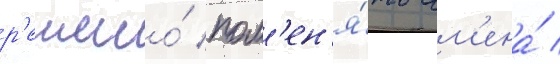
р'ешено́ пом'ен'я́ть им'ена́ /